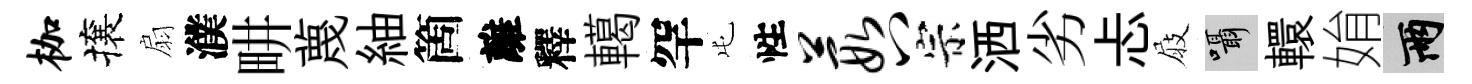
枷攘扇濮畊蔑紬箇離釋轕罕屯性葭八宗洒劣忐屐囁轘姢兩